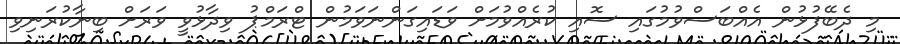
މި ދެބޭފުޅުން އެއްބަސްވުމުގައި ސޮއި ކުރެއްވުމަށް ވަޑައިގަންނަވަމުން ޓްރަމްޕު ވިދާޅުވީ ވަރަށް ބިނާކުރަނިވި